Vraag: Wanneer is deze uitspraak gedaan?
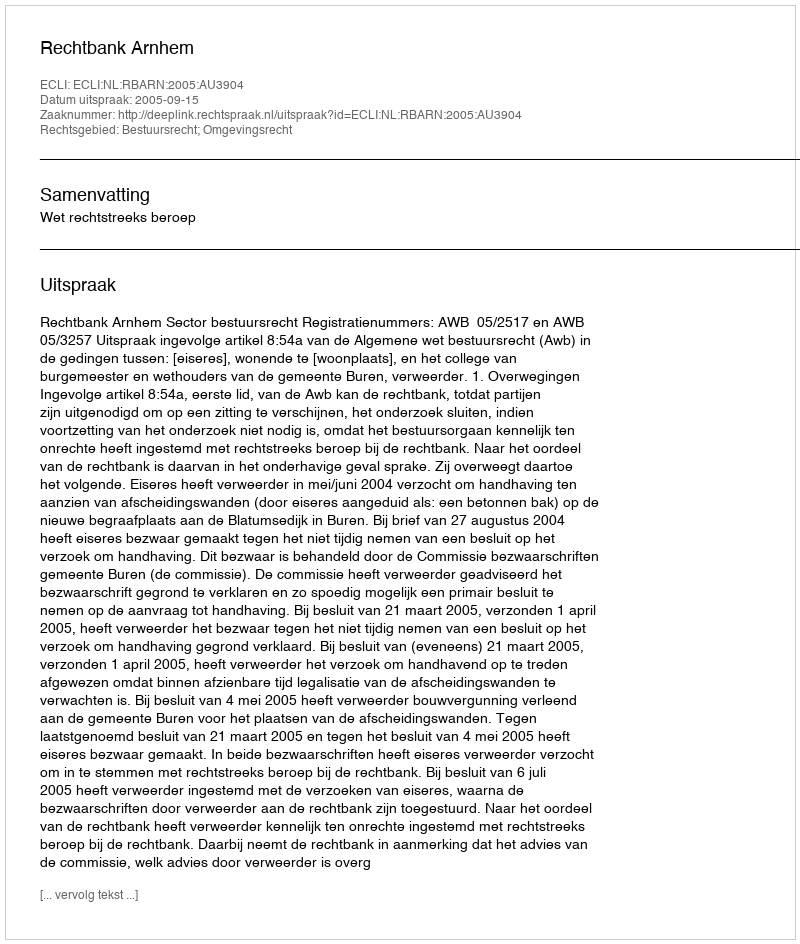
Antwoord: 2005-09-15